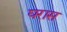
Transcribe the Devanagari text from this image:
घरास